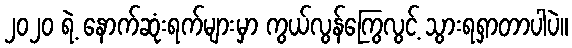
၂၀၂၀ ရဲ့ နောက်ဆုံးရက်များမှာ ကွယ်လွန်ကြွေလွင့် သွားရရှာတာပါပဲ။